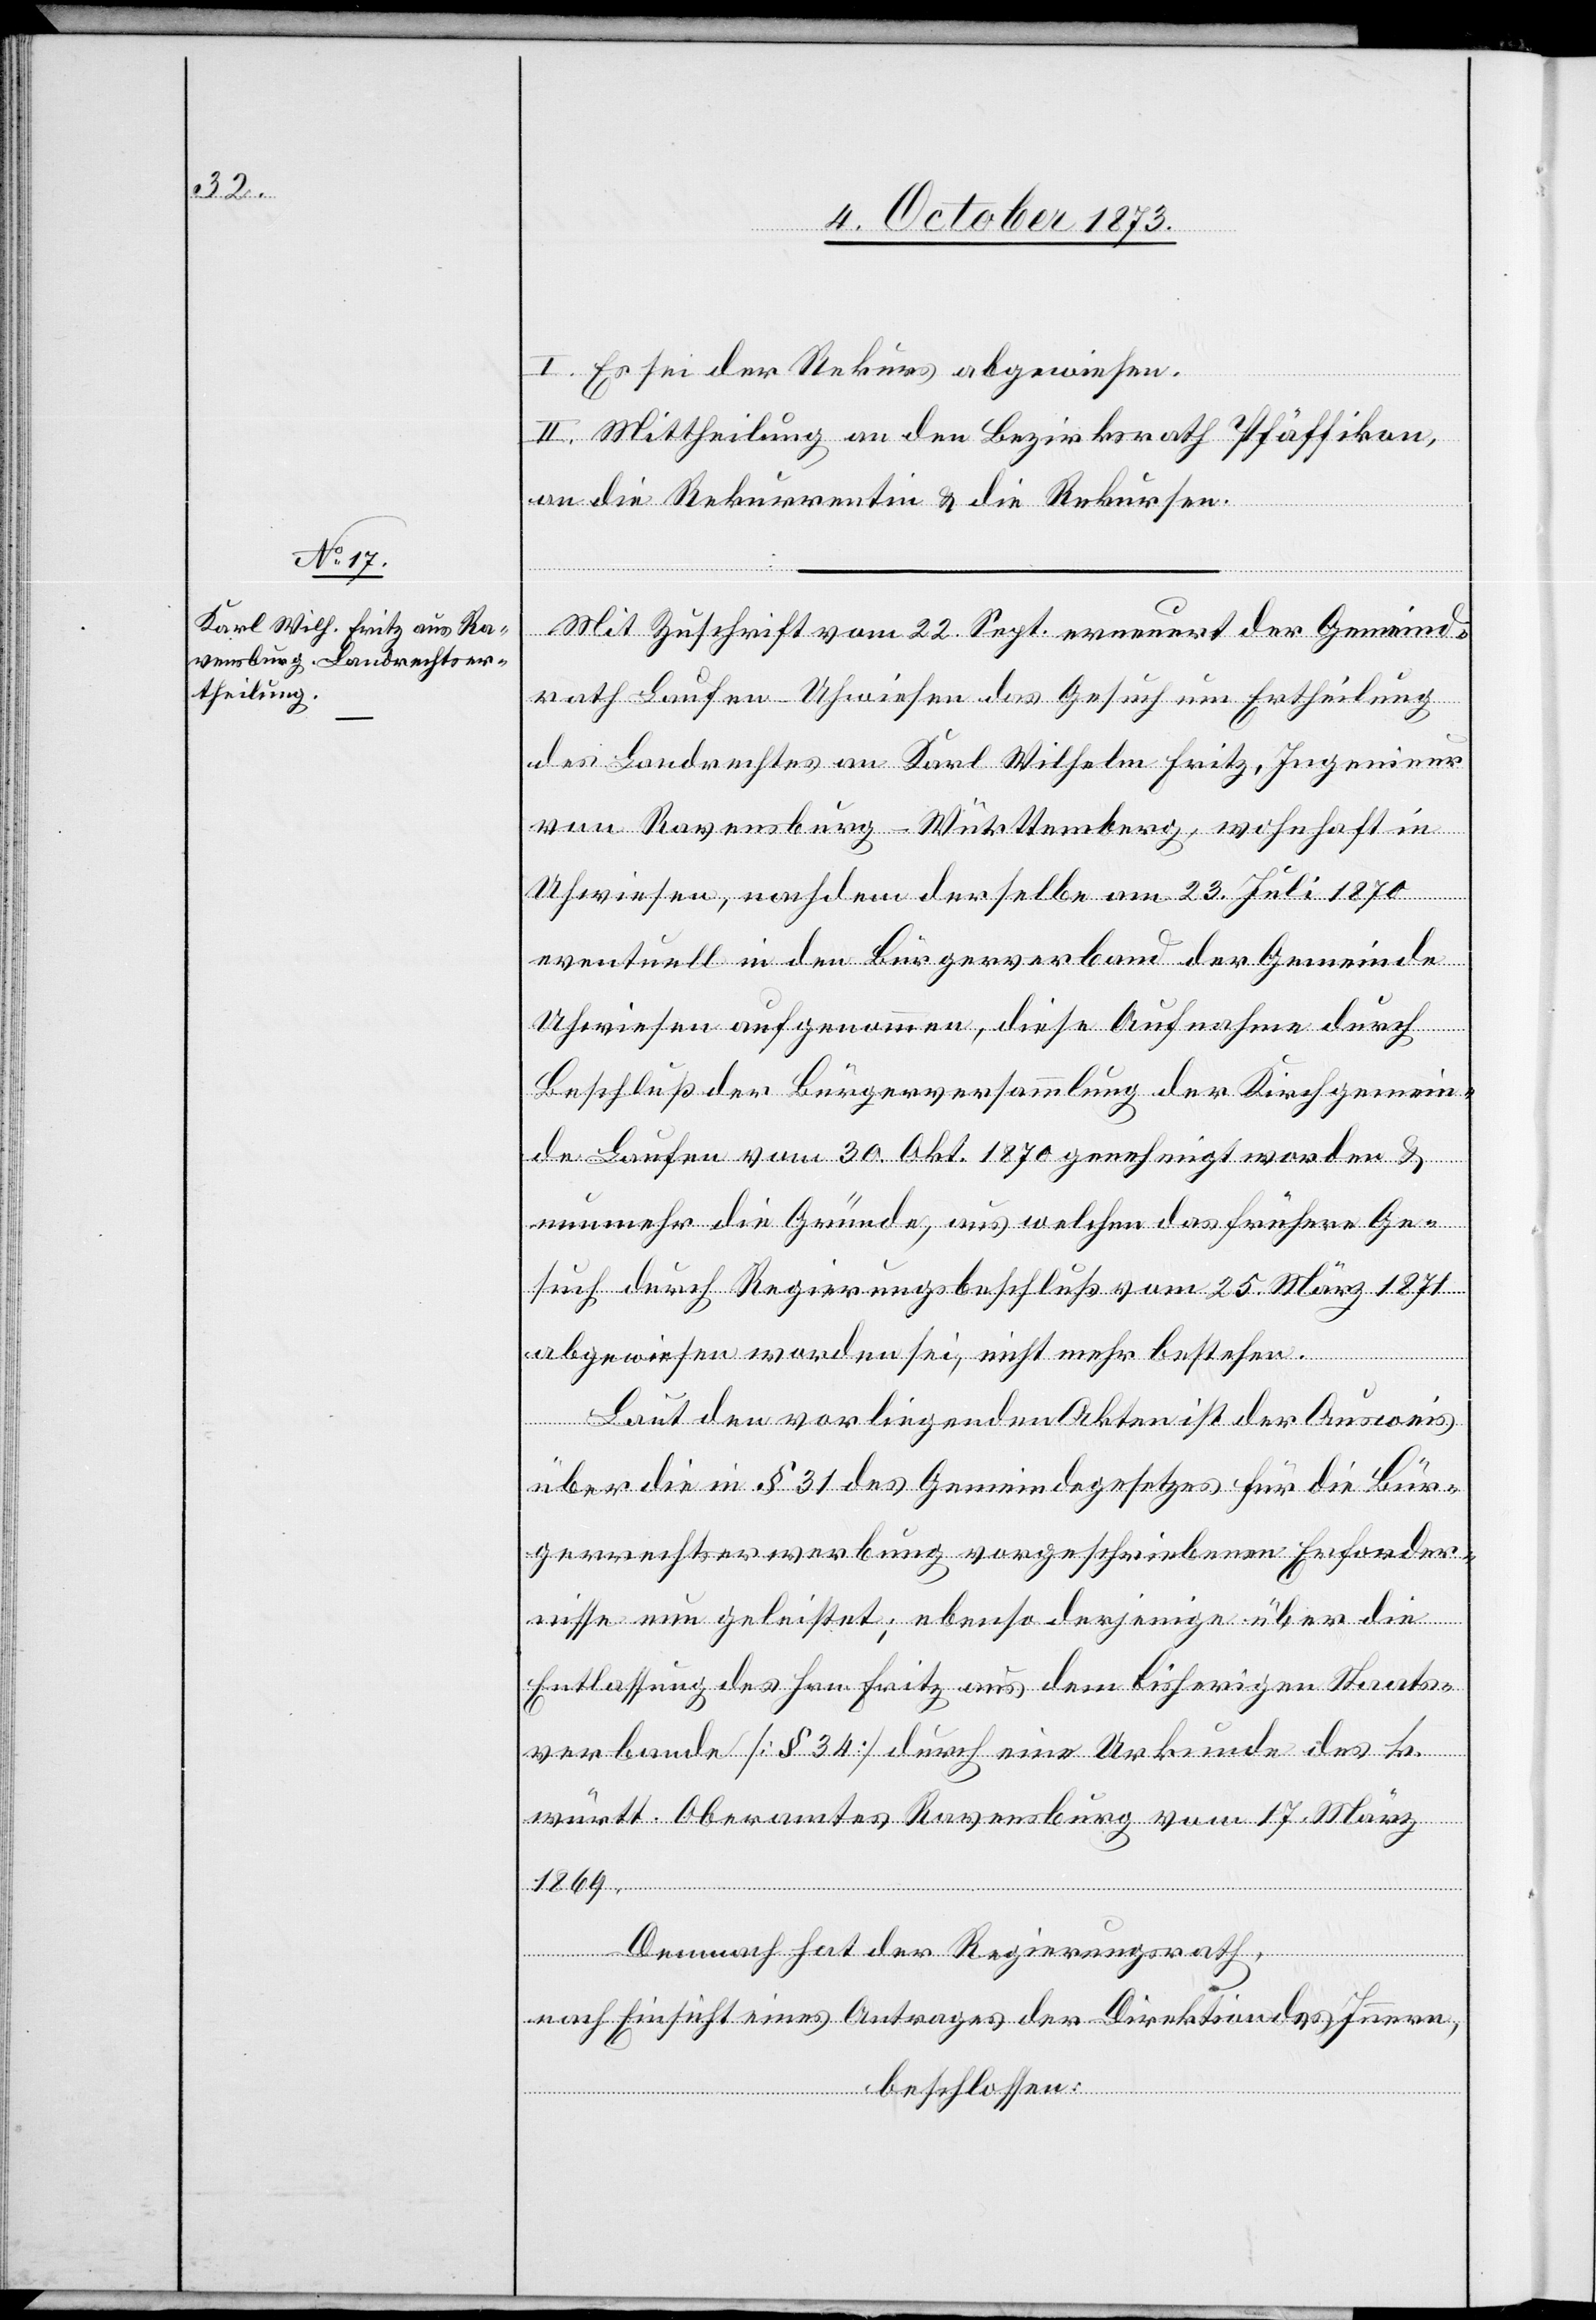
I. Es sei der Rekurs abgewiesen.
II. Mittheilung an den Bezirksrath Pfäffikon,
an die Rekurrentin & die Rekursen.
Mit Zuschrift vom 22. Sept. erneuert der Gemeind¬
rath Laufen-Uhwiesen das Gesuch um Ertheilung
des Landrechtes an Karl Wilhelm Fritz, Ingenieur
von Ravensburg - Württemberg, wohnhaft in
Uhwiesen, nachdem derselbe am 23. Juli 1870
eventuell in den Bürgerverband der Gemeinde
Uhwiesen aufgenommen, diese Aufnahme durch
Beschluß der Bürgerversammlung der Kirchgemein¬
de Laufen vom 30. Okt. 1870 genehmigt worden &
nunmehr die Gründe, aus welchen das frühere Ge¬
such durch Regierungsbeschluß vom 25. März 1871
abgewiesen worden sei, nicht mehr bestehen.
Laut den vorliegenden Akten ist der Ausweis
über die in § 31 des Gemeindegesetzes für die Bür¬
gerrechtserwerbung vorgeschriebenen Erforder¬
nisse nun geleistet; ebenso derjenige über die
Entlassung des Hrn. Fritz aus dem bisherigen Staats¬
verbande [§ 34] durch eine Urkunde des k.
württ. Oberamtes Ravensburg vom 17. März
1869.
Demnach hat der Regierungsrath,
nach Einsicht eines Antrages der Direktion des Innern,
beschlossen: